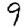
Digit: 9